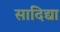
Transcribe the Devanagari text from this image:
सादिद्या